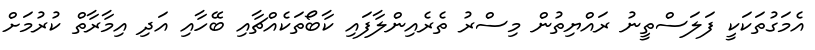
އެމަގުތަކަކީ ފަލަސްތީނު ރައްޔިތުން މިސްރު ތެރެއިންލާފައި ކާބޯތަކެއްޗާއި ބޭހާއި އަދި އިމާރާތް ކުރުމަށް